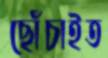
ছোঁচাইত